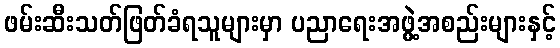
ဖမ်းဆီးသတ်ဖြတ်ခံရသူများမှာ ပညာရေးအဖွဲ့အစည်းများနှင့်